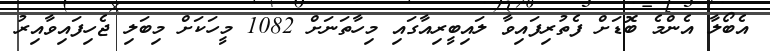
އެބޯލާ އެންމެ ބޮޑަށް ފެތުރިފައިވާ ލައިބީރިއާގައި މިހާތަނަށް 1082 މީހަކަށް މިބަލި ޖެހިފައިވާއިރު